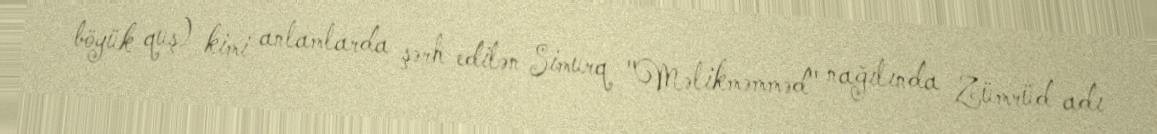
böyük quş) kimi anlamlarda şərh edilən Simurq "Məlikməmməd" nağılında Zümrüd adı